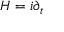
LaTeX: H = i \partial _ { t }